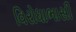
વિરોધાભાસી